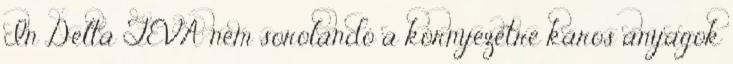
In Delta TEVA nem sorolandó a környezetre káros anyagok